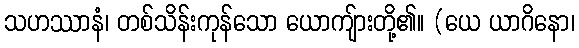
သဟဿာနံ၊ တစ်သိန်းကုန်သော ယောကျ်ားတို့၏။ (ယေ ယာဂိနော၊